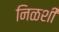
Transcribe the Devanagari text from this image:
निळशी